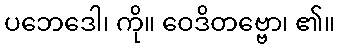
ပဘေဒေါ၊ ကို။ ဝေဒိတဗ္ဗော၊ ၏။